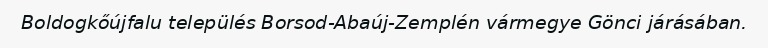
Boldogkőújfalu település Borsod-Abaúj-Zemplén vármegye Gönci járásában.